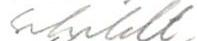
Schildt